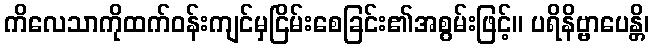
ကိလေသာကိုထက်ဝန်းကျင်မှငြိမ်းစေခြင်း၏အစွမ်းဖြင့်။ ပရိနိဗ္ဗာပေန္တိ၊